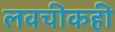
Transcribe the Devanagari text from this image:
लवचीकही